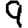
Digit: 9